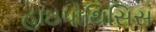
હાઇપોથિસિસ